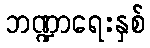
ဘဏ္ဍာရေးနှစ်